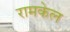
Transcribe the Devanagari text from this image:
रामकेल